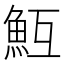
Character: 魱